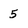
Character: 5